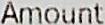
AMOUNT